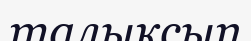
талықсып